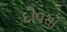
દીવસો